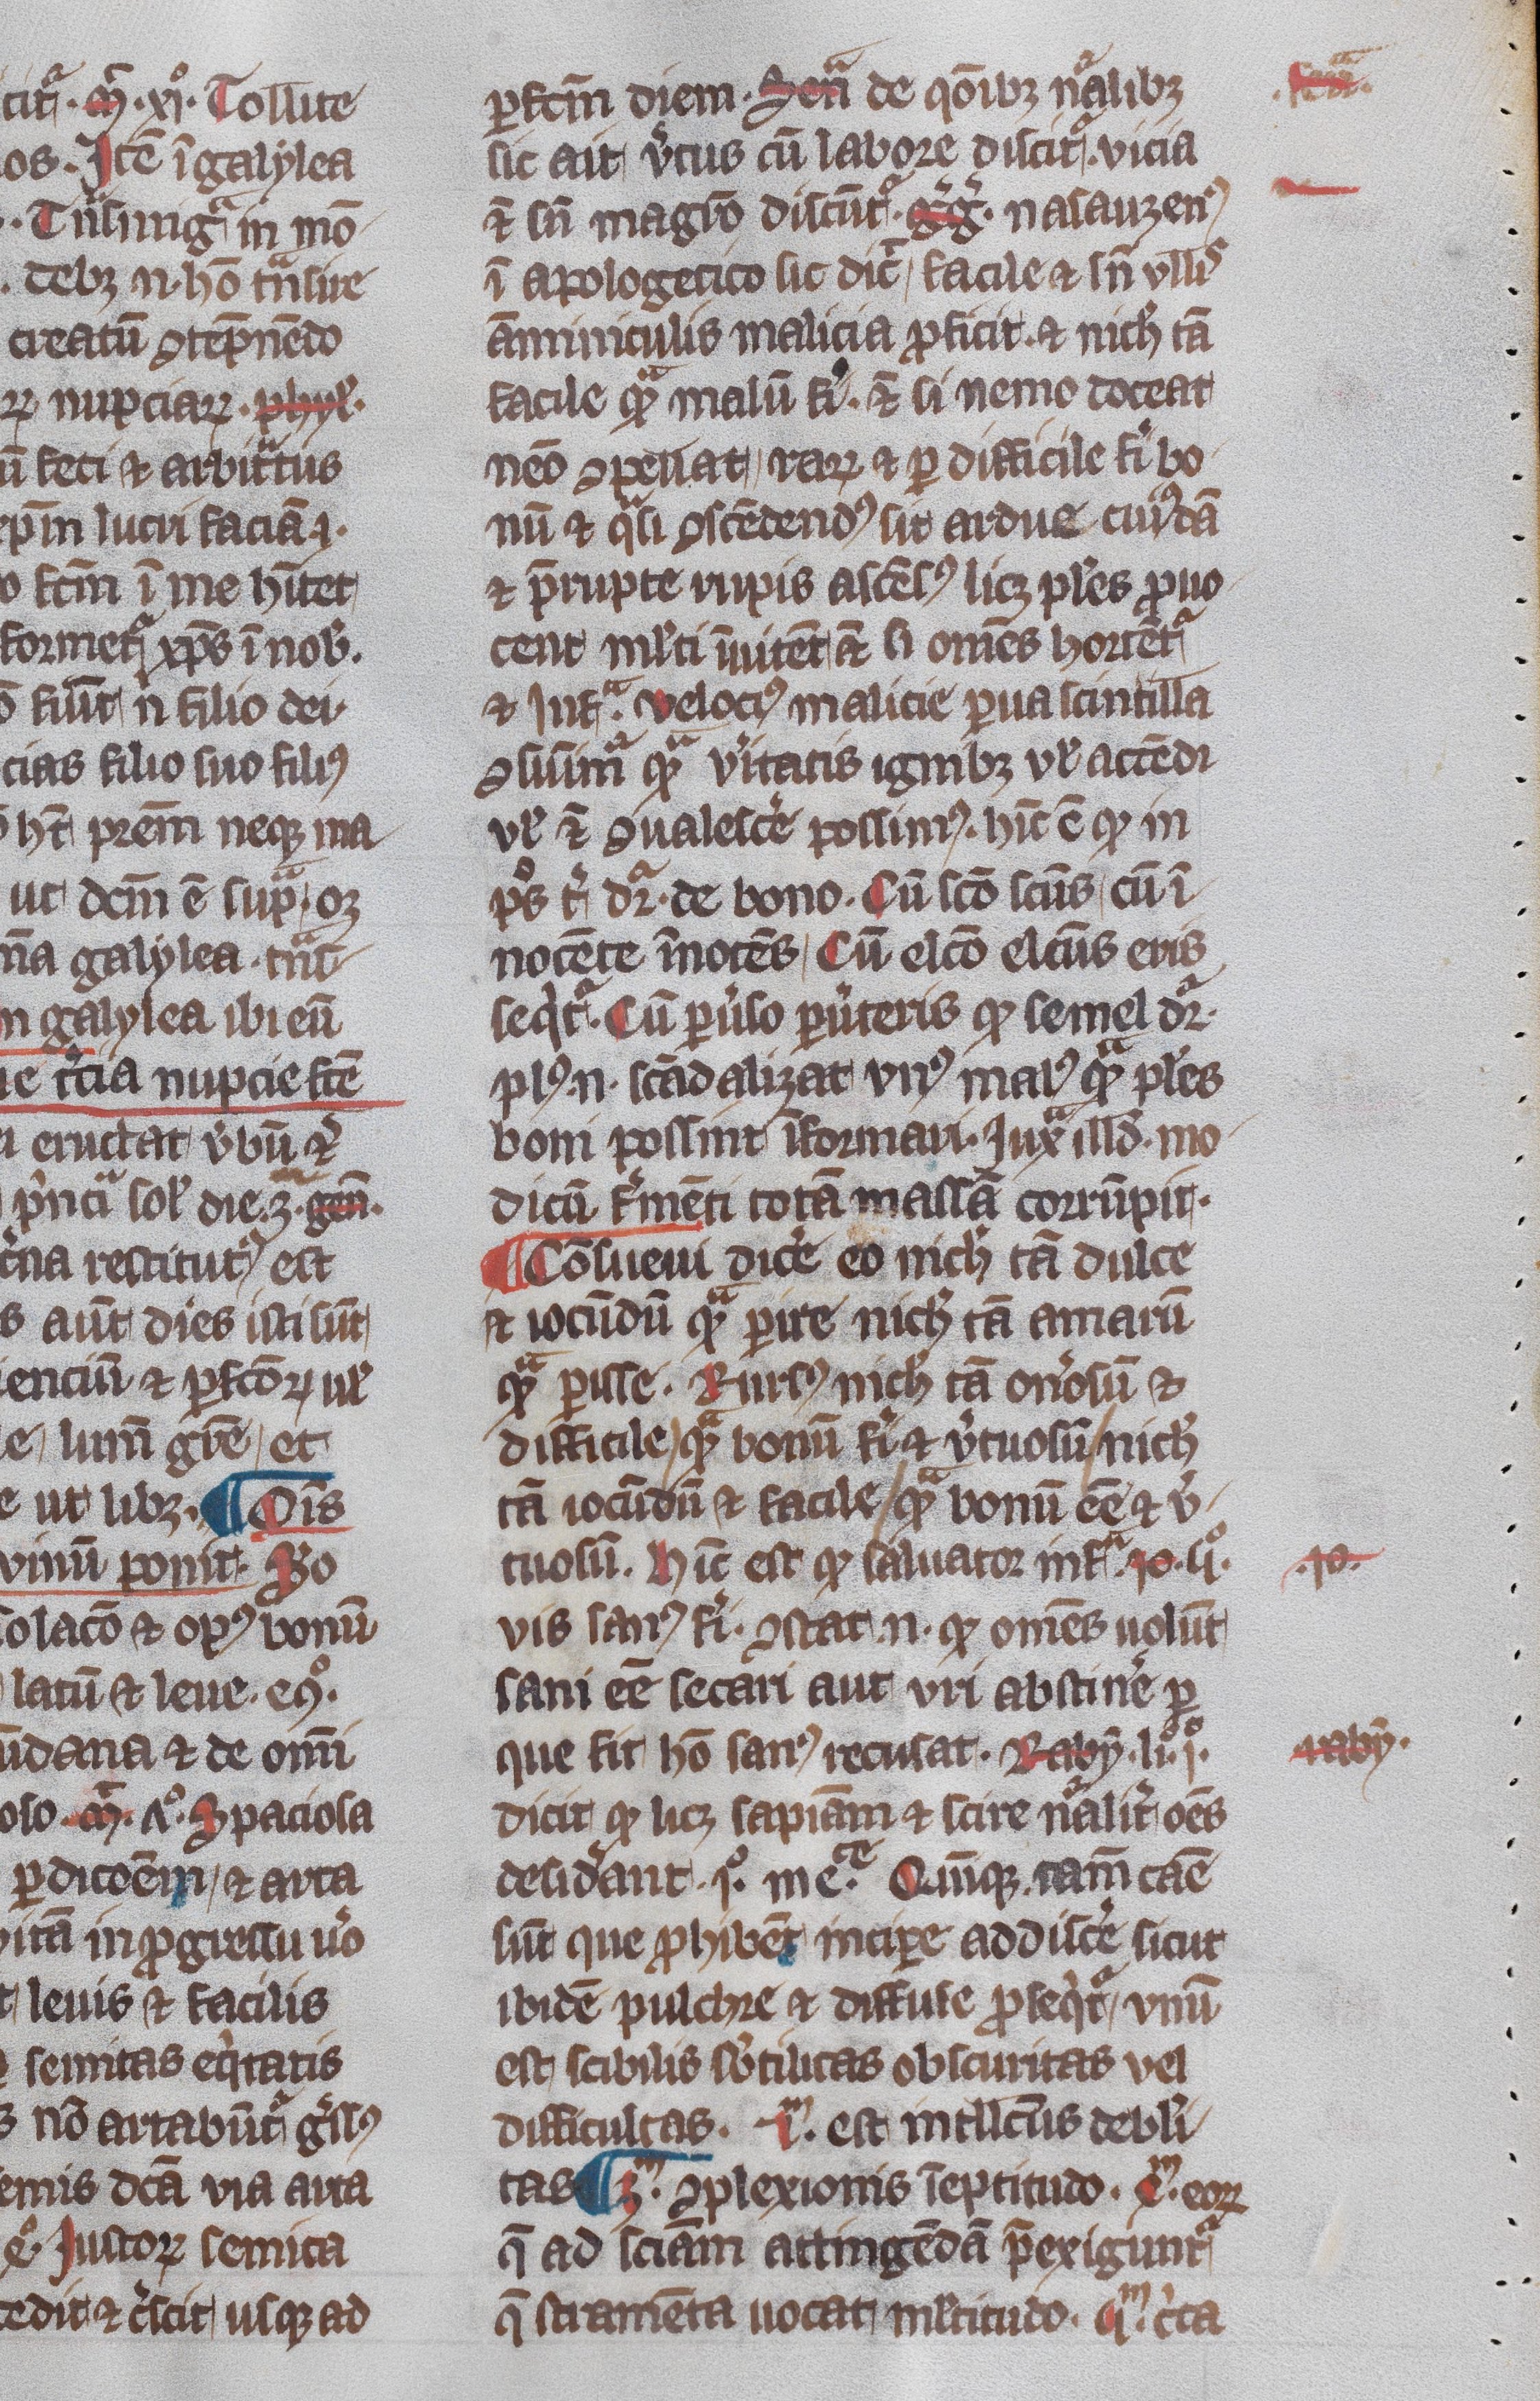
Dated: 1345–1355